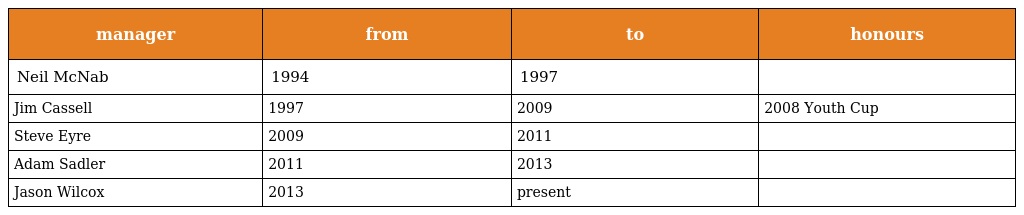
| manager | from | to | honours |
 | --- | --- | --- | --- |
 | Neil McNab | 1994 | 1997 |  |
 | Jim Cassell | 1997 | 2009 | 2008 Youth Cup |
 | Steve Eyre | 2009 | 2011 |  |
 | Adam Sadler | 2011 | 2013 |  |
 | Jason Wilcox | 2013 | present |  |